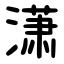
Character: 潇